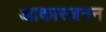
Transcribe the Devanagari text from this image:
आकारजनन